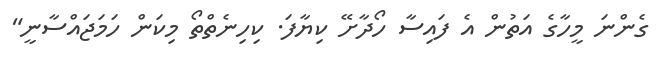
ގެންނަ މީހާގެ އަތުން އެ ފައިސާ ހޯދާށޭ ކިޔާފަ. ކިހިނެތްތޯ މިކަން ހަމަޖައްސާނީ"